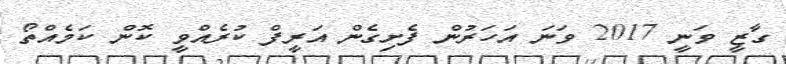
ގާޒީ ވަނީ 2017 ވަނަ އަހަރުން ފެށިގެން އަރީފް ކުރެއްވީ ކޮން ކަމެއްތޯ